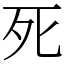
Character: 死